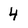
Character: 4